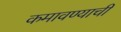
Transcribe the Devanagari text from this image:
कमावण्याची